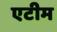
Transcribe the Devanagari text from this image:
एटीम